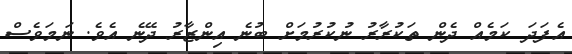
އެފަދަ ކަމެއް ދެން ތަކުރާރު ނުކުރުމަށް ބުނެ އިންޒާރު ދޭނެ އެވެ. ނަމަވެސް